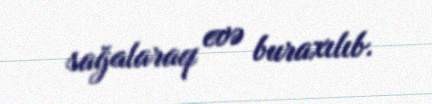
sağalaraq evə buraxılıb.